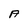
Character: A